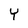
Character: Y